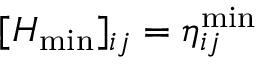
[ H _ { \operatorname* { m i n } } ] _ { i j } = \eta _ { i j } ^ { \operatorname* { m i n } }